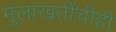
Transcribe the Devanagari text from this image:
मुलाखतींचीही